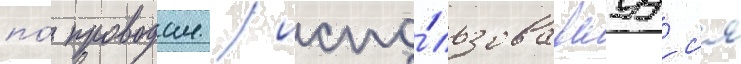
по́ проводам / испо́льзовавшуус'я